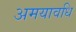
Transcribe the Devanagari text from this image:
अमयावधि